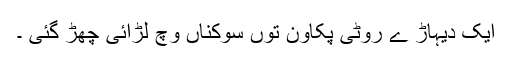
ایک دیہاڑ ے روٹی پکاون توں سوکناں وچ لڑائی چھڑ گئی ۔